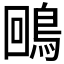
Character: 𪀟